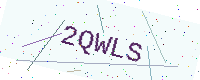
Text: 2QWLS